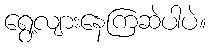
ရွေ့လျားနေကြဆဲပါပဲ။